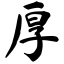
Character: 厚